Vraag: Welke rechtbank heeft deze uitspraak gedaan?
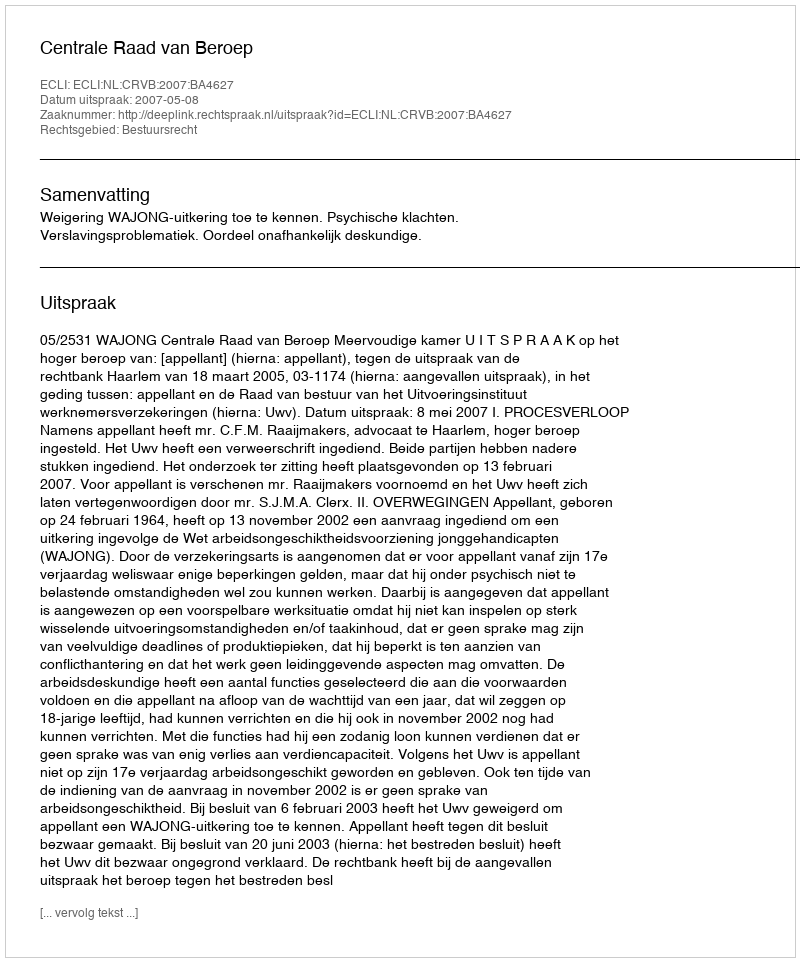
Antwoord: Centrale Raad van Beroep